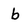
Character: b